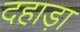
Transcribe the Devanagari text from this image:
दहाड़ा